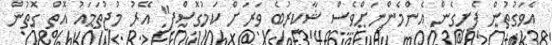
އެވަގުތުން ފެށިގެން އެންމެންނަށްވެސް ޝާކިރުބެ ވަރަށް ކަމުގޮސްފި" އޭރު މުޖުތަމައު އޮތް ގޮތުން